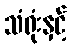
သံရုံးနှင့်